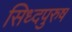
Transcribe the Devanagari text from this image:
सिध्दपुरुष